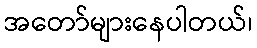
အတော်များနေပါတယ်၊